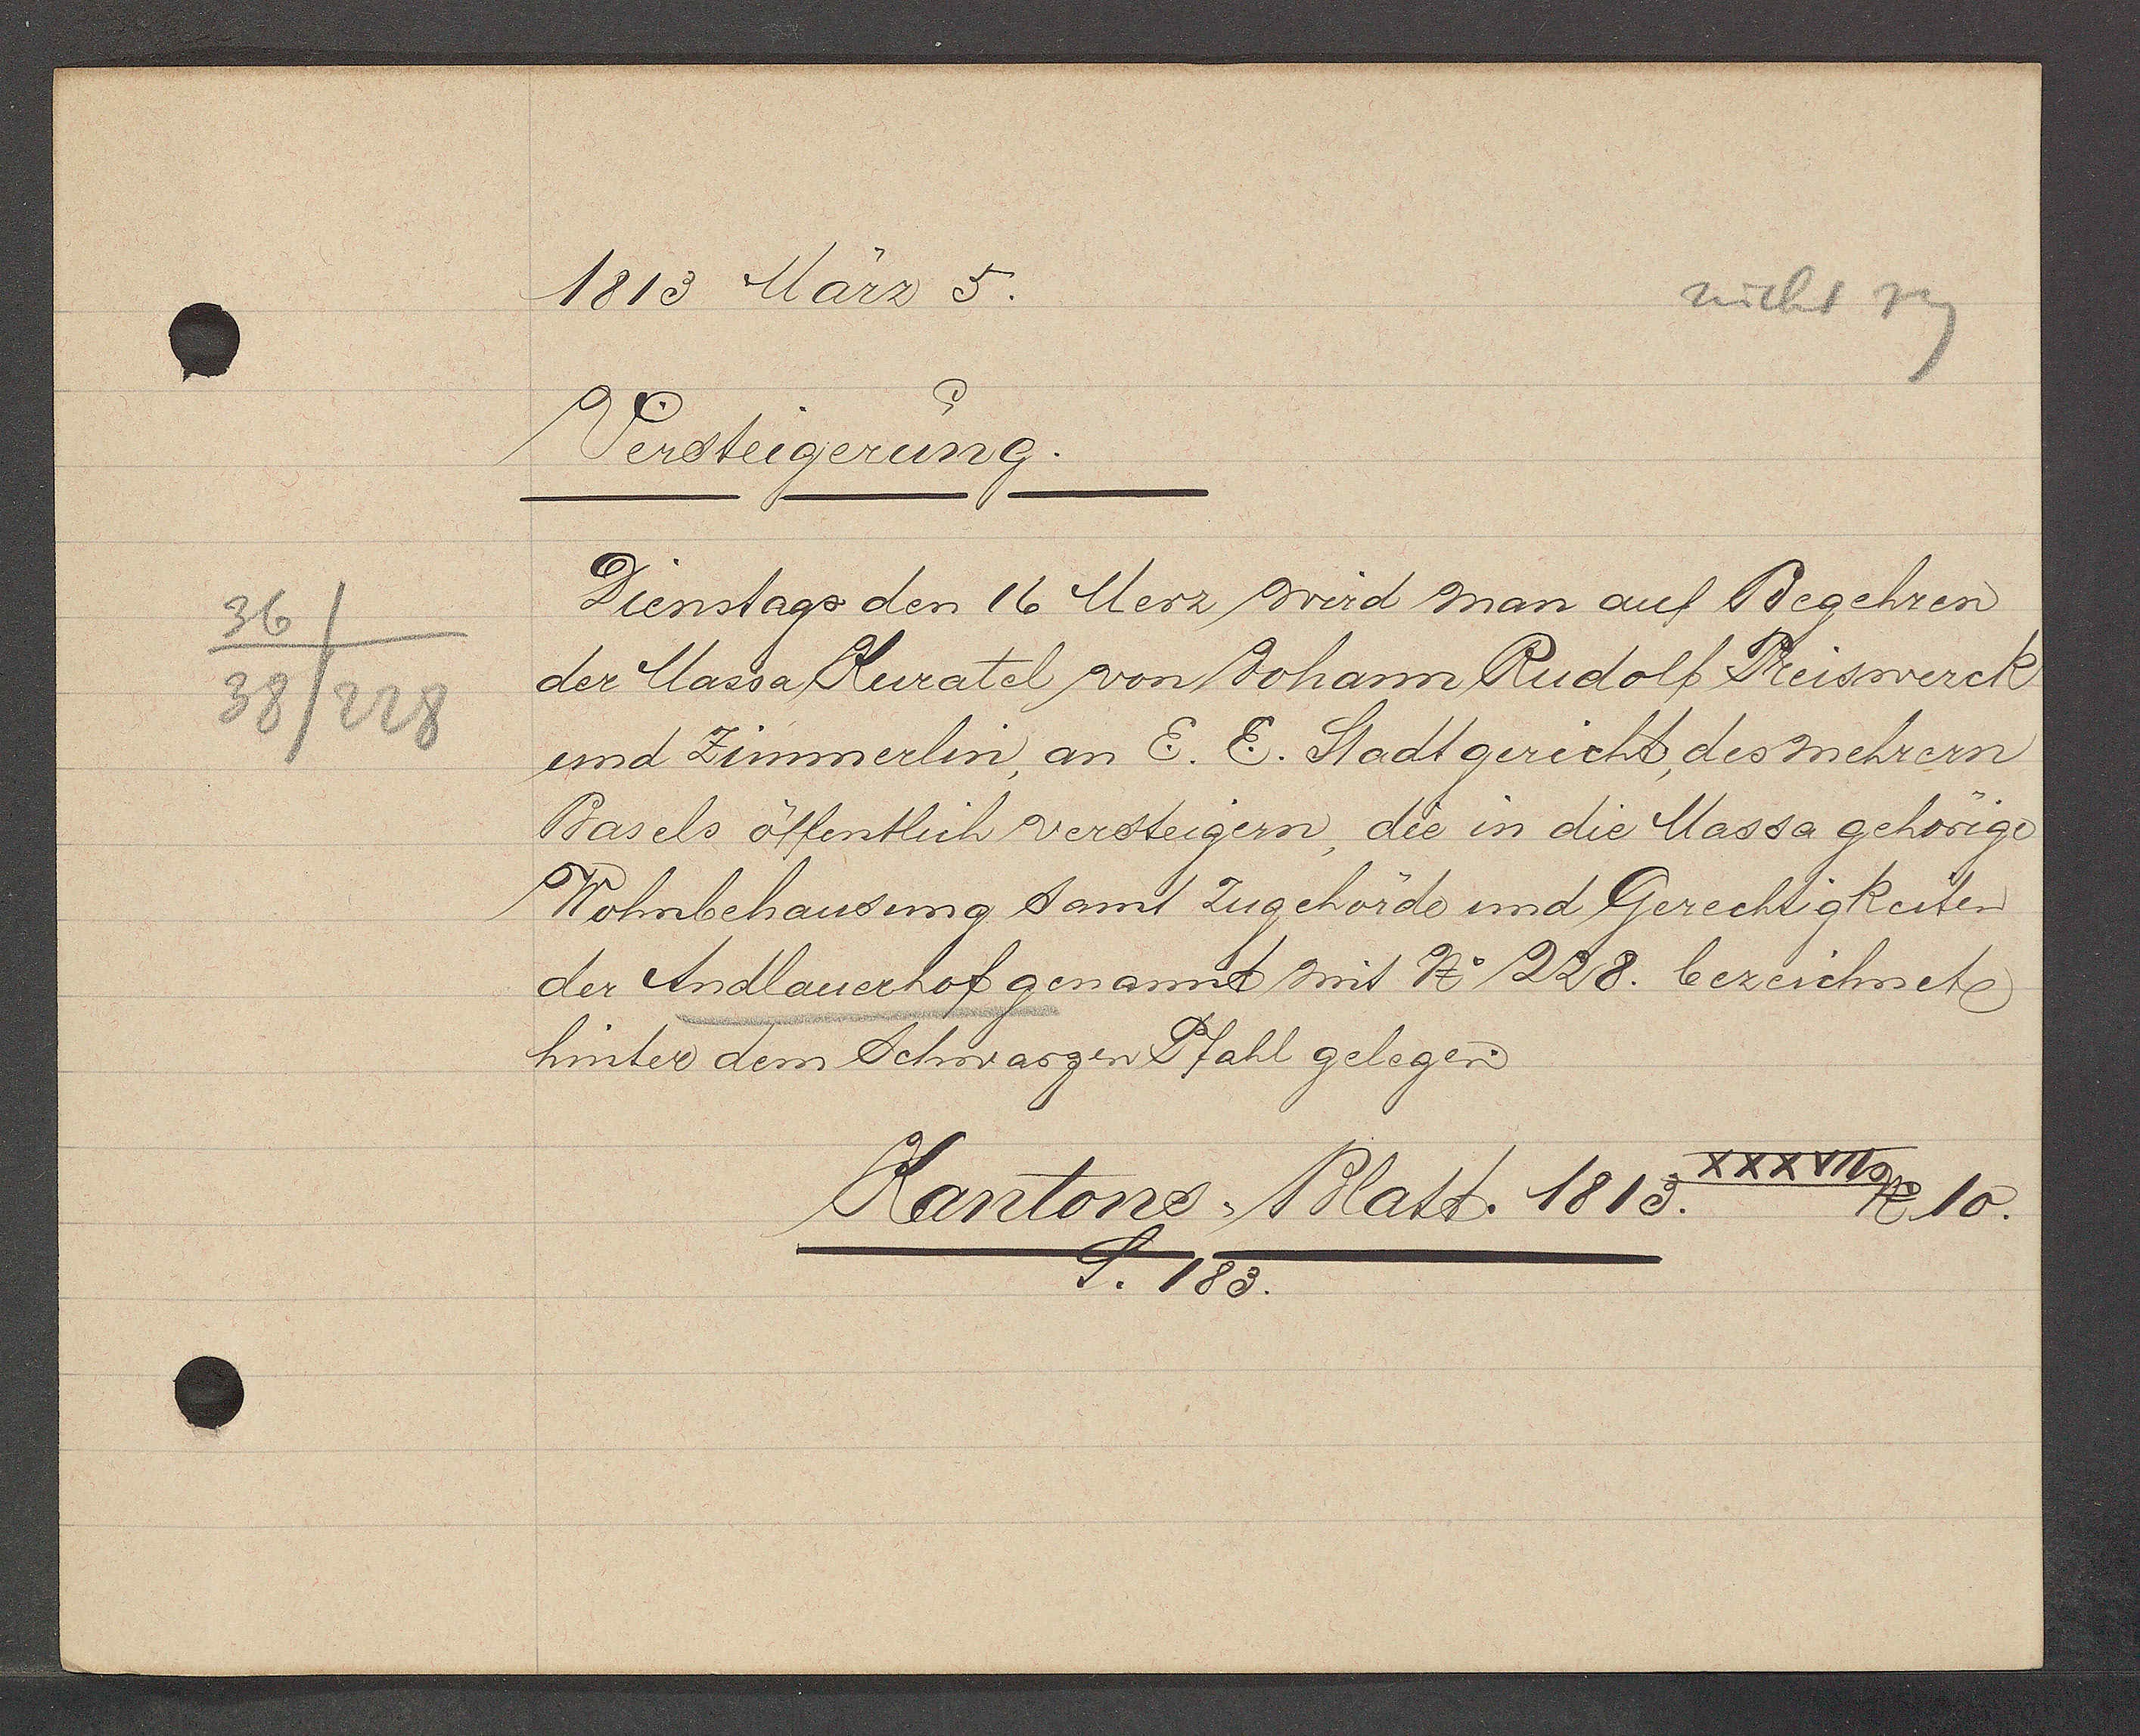
Transcript:
36
38/228

1813 März 5.

Versteigerung.
Dienstags den 16 Merz wird man auf Begehren
der Maria Kuratel von Johann Rudolf Reiswerck
und Zimmerlin, an E. E. Stadtgericht, des mehrern
Basels öffentlich versteigern, die in die Massa gehörige
Wohnbehausung samt Zugehörde und Gerechtigkeiten
der Andlauerhof genannt mit No 228. bezeichete
hinter dem Schwarzen Pfahl gelegen.

XXXVII
Kantons Blatt. 1813.
No 10.
S. 183.